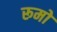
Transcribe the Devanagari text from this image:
रूमो